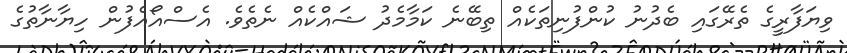
ވިޔަފާރީގެ ތެރޭގައި ބެދުނު ކުންފުނިތަކެއް ތިބޭނެ ކަމާމެދު ޝައްކެއް ނެތެވެ. އެސްއޯއެފުން ހިޔާނާތުގެ